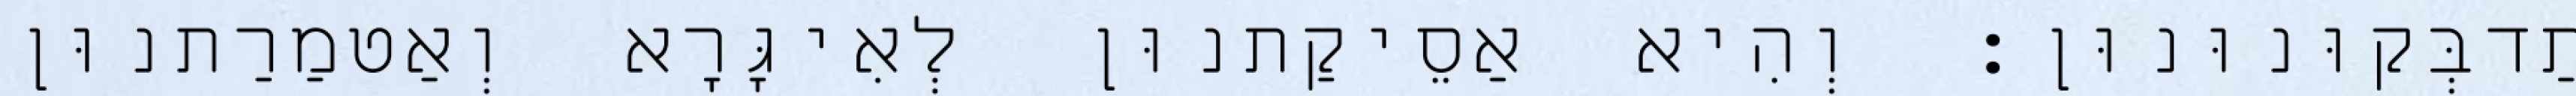
תַדבְּקוּנוּנוּן׃ וְהִיא אַסֵיקַתנוּן לְאִיגָּרָא וְאַטמַרַתנוּן